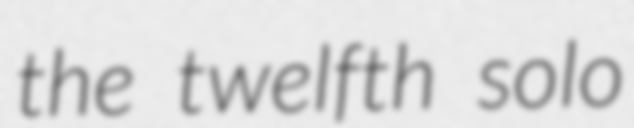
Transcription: the twelfth solo